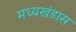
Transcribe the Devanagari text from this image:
मध्यखंडास